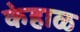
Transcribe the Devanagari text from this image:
केहाळ